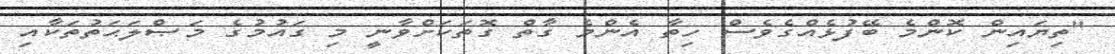
"ތިޔައިން ކޮންމެ ބޭފުޅެއްގެވެސް ހިތާ އެންމެ ގާތް ގޮތަކަށްވާނީ މި ގައުމުގެ މަޞްލަޙަތުތަކާއި